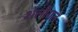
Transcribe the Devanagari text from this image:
शेलीगत